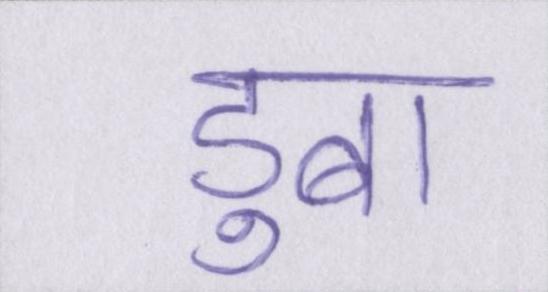
डुबा